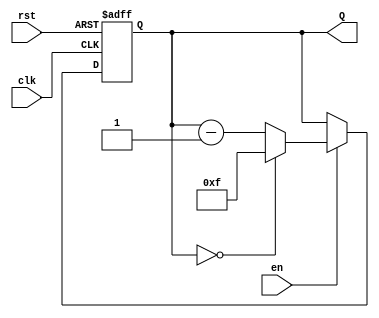
module down_counter #(
    parameter n = 4 // Number of bits for the counter (default is 4)
)(
    input wire clk,      // Clock signal
    input wire rst,      // Asynchronous reset signal
    input wire en,       // Enable signal
    output reg [n-1:0] Q // Counter output
);

    // Maximum value that the counter can hold
    localparam MAX_COUNT = (1 << n) - 1; // 2^n - 1

    always @(posedge clk or posedge rst) begin
        if (rst) begin
            // Asynchronous reset to maximum value
            Q <= MAX_COUNT;
        end else if (en) begin
            // Decrement the counter
            if (Q == 0) begin
                Q <= MAX_COUNT; // Roll over to maximum value
            end else begin
                Q <= Q - 1; // Decrement the counter
            end
        end
    end

endmodule